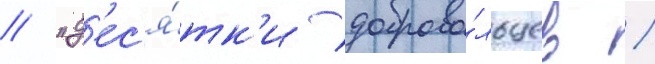
// "д'ес'я́тк'и доброво́льцев /